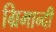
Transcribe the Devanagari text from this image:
ग्रिमान्दी